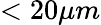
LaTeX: <20\mu m